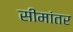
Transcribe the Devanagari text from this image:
सीमांतर